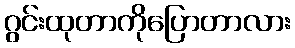
ဂွင်းထုတာကိုပြောတာလား